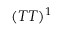
( T T ) ^ { 1 }